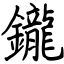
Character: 鑨